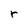
Character: r